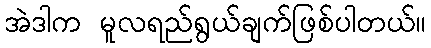
အဲဒါက မူလရည်ရွယ်ချက်ဖြစ်ပါတယ်။